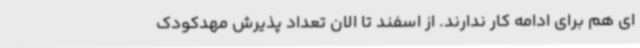
ای هم برای ادامه کار ندارند. از اسفند تا الان تعداد پذیرش مهدکودک